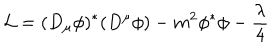
{ \cal L } = ( D _ { \mu } \phi ) ^ { * } ( D ^ { \mu } \phi ) - m ^ { 2 } \phi ^ { * } \phi - \frac \lambda 4